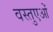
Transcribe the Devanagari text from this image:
वस्तुएओं